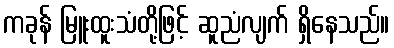
ကခုန် မြူးထူးသံတို့ဖြင့် ဆူညံလျက် ရှိနေသည်။